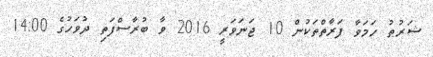
ޝަރުޠު ހަމަވާ ފަރާތްތަކުން 10 ޖަނަވަރީ 2016 ވާ ބުރާސްފަތި ދުވަހުގެ 14:00